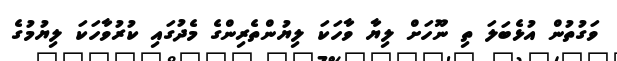
ވަގުތުން އުޅެބަލަ ތި ނޫހަށް ލިޔާ ވާހަކަ ލިޔުންތެރިންގެ މެދުގައި ކުރުވާހަކަ ލިޔުމުގެ